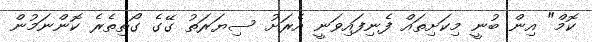
ކޮމް" އިން ބުނީ މިކަށިތައް ފެނިފައިވަނީ އެރަށު ސިޔަރަތު ގޭގެ ގޯތިތެރެ ކޮންނަމުން